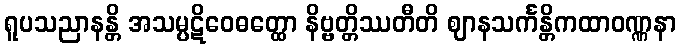
ရူပသညာနန္တိ အသမ္ပဋိဝေဓတ္ထော နိဗ္ဗတ္တိဿတီတိ ဈာနသင်္ကန္တိကထာဝဏ္ဏနာ